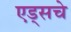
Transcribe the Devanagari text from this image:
एड्‌सचे